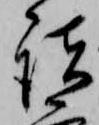
諸